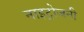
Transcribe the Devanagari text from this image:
नाइट्रोजनी